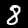
Label: 8